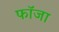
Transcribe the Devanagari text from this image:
फॉजा